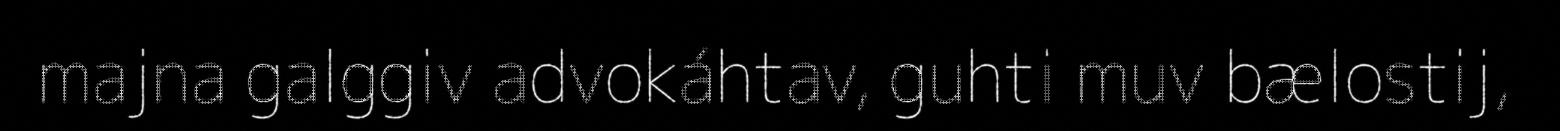
majna galggiv advokáhtav, guhti muv bælostij,